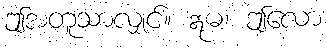
ဤအတူသာလျှင်။ ဣဓ၊ ဤလော